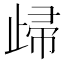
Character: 㱕